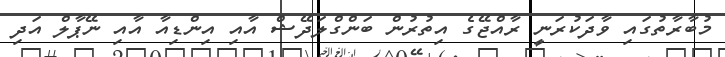
މުބާރާތުގައި ވާދަކުރަނީ ރާއްޖޭގެ އިތުރުން ބަންގްލަދޭޝް އާއި އިންޑިއާ އާއި ނޭޕާލް އަދި